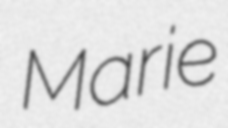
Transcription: Marie